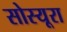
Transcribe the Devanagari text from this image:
सोस्यूरा